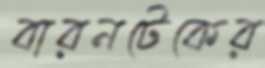
বারনটেকের